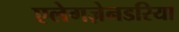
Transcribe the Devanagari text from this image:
एलेगज़ेनडरिया